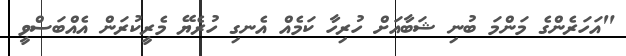
"އަހަރެންގެ މަންމަ ބުނި ޝަބާއަށް ހުރިހާ ކަމެއް އެނގި ހުރެޔޭ މެރީކުރަން އެއްބަސްވީ